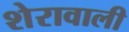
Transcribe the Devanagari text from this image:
शेरावाली